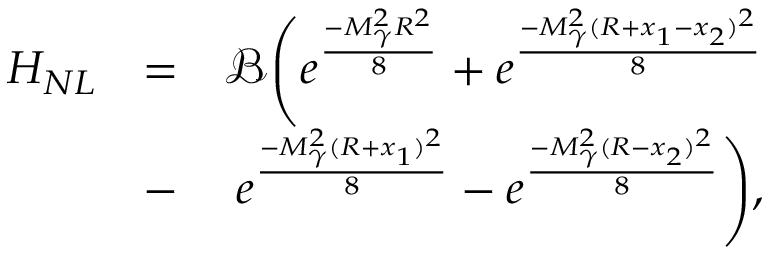
\begin{array} { r l r } { H _ { N L } } & { = } & { \mathcal { B } \Bigg ( e ^ { \frac { - M _ { \gamma } ^ { 2 } R ^ { 2 } } { 8 } } + e ^ { \frac { - M _ { \gamma } ^ { 2 } ( R + x _ { 1 } - x _ { 2 } ) ^ { 2 } } { 8 } } } \\ & { - } & { e ^ { \frac { - M _ { \gamma } ^ { 2 } ( R + x _ { 1 } ) ^ { 2 } } { 8 } } - e ^ { \frac { - M _ { \gamma } ^ { 2 } ( R - x _ { 2 } ) ^ { 2 } } { 8 } } \Bigg ) , } \end{array}